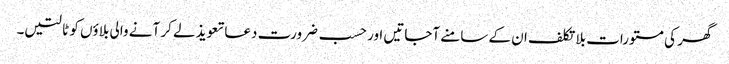
گھر کی مستورات بلا تکلف ان کے سامنے آجاتیں اور حسب ضرورت دعا تعویذ لے کر آنے والی بلاؤں کو ٹالتیں۔